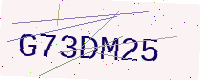
Text: G73DM25